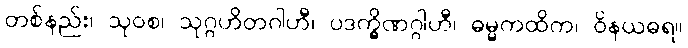
တစ်နည်း၊ သုဝစ၊ သုဂ္ဂဟိတဂါဟီ၊ ပဒက္ခိဏဂ္ဂါဟီ၊ ဓမ္မကထိက၊ ဝိနယဓရ။